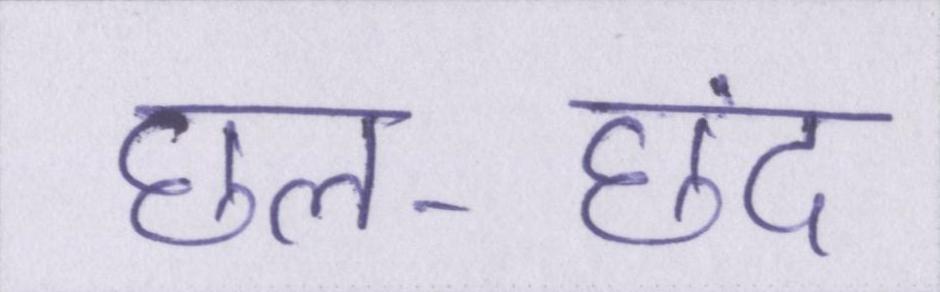
छल-छंद